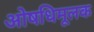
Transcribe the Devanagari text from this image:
ओषधिमूलक